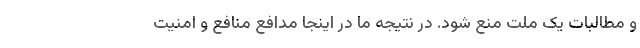
و مطالبات یک ملت منع شود. در نتیجه ما در اینجا مدافع منافع و امنیت